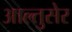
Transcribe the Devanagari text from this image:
आल्तुसेर